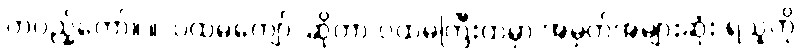
တပည့်တော်။ ။“ပထမကျော်”ဆိုတာ ပထမကြီးထဲမှာ အမှတ်အများဆုံး ရသူကို